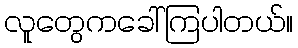
လူတွေကခေါ်ကြပါတယ်။